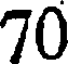
70